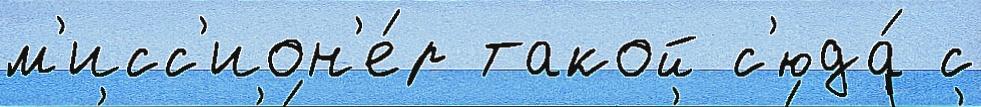
м'исс'ион'е́р такой с'юда́ с